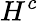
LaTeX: H^{c}